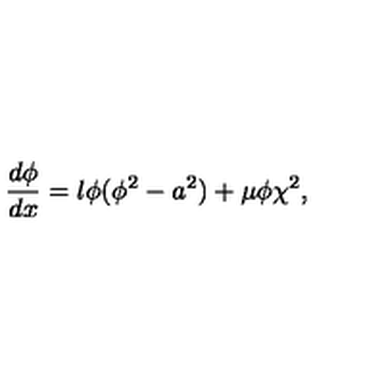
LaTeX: \frac { d \phi } { d x } = \l \phi ( \phi ^ { 2 } - a ^ { 2 } ) + \mu \phi \chi ^ { 2 } ,